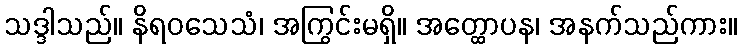
သဒ္ဒါသည်။ နိရဝသေသံ၊ အကြွင်းမရှိ။ အတ္ထောပန၊ အနက်သည်ကား။